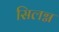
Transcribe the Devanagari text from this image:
सिलग्न